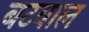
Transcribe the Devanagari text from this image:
बटवाल